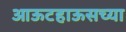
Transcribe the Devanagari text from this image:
आऊटहाऊसच्या